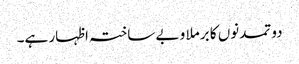
دو تمدنوں کا برملا و بے ساختہ اظہار ہے۔